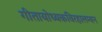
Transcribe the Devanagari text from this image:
गीतायोध्यकविरहालम्बन